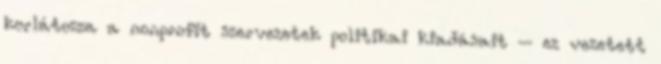
korlátozza a nonprofit szervezetek politikai kiadásait – ez vezetett